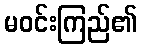
မဝင်းကြည်၏